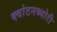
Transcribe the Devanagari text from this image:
क्‍वांटनथ्‍योरी